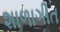
શાળાગીત